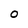
Character: O